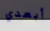
أبعدي